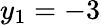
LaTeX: y_{1}=-3